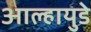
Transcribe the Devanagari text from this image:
आल्हायुडे